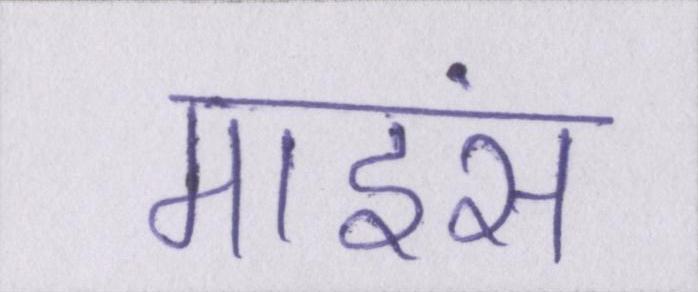
माइंस